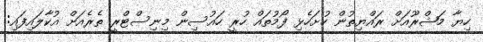
ހިޔާ މަޝްރޫއަށް ރައްޔިތުން ހުށަހެޅި ފޯމުތައް ހުރީ ހައުސިން މިނިސްޓްރީ ތެރެއަށް އުކާލައިފައި: